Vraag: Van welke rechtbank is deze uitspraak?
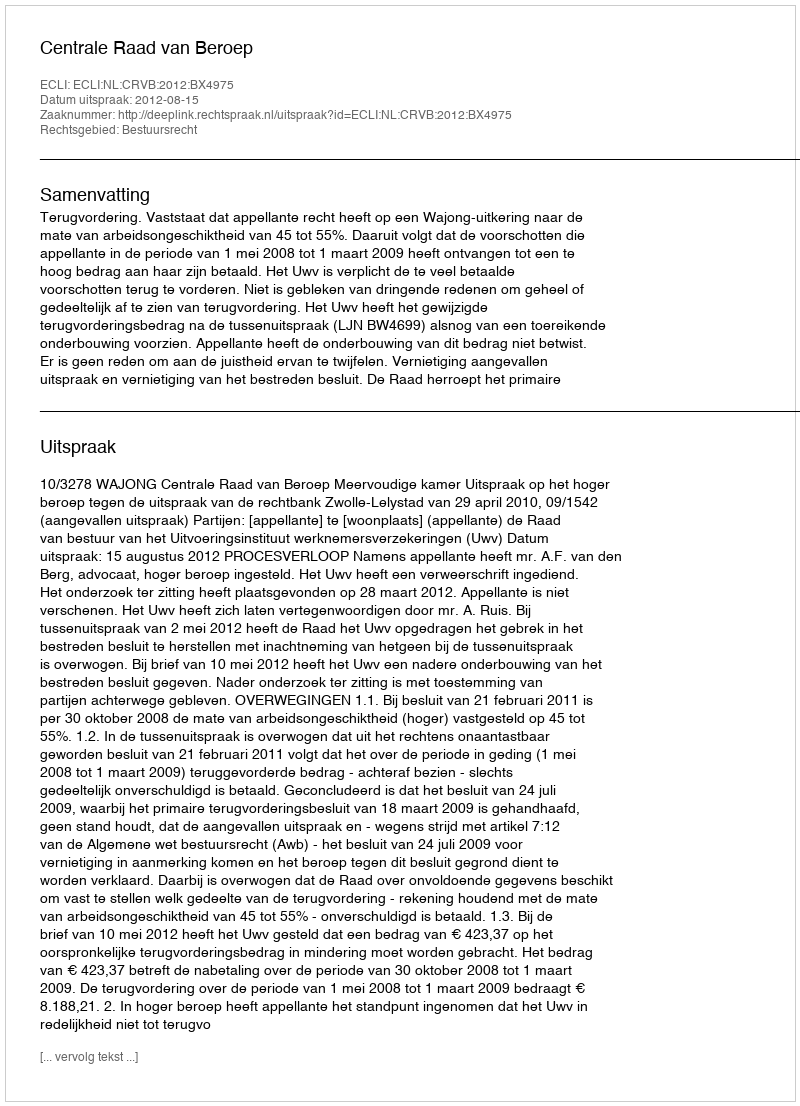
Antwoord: Centrale Raad van Beroep